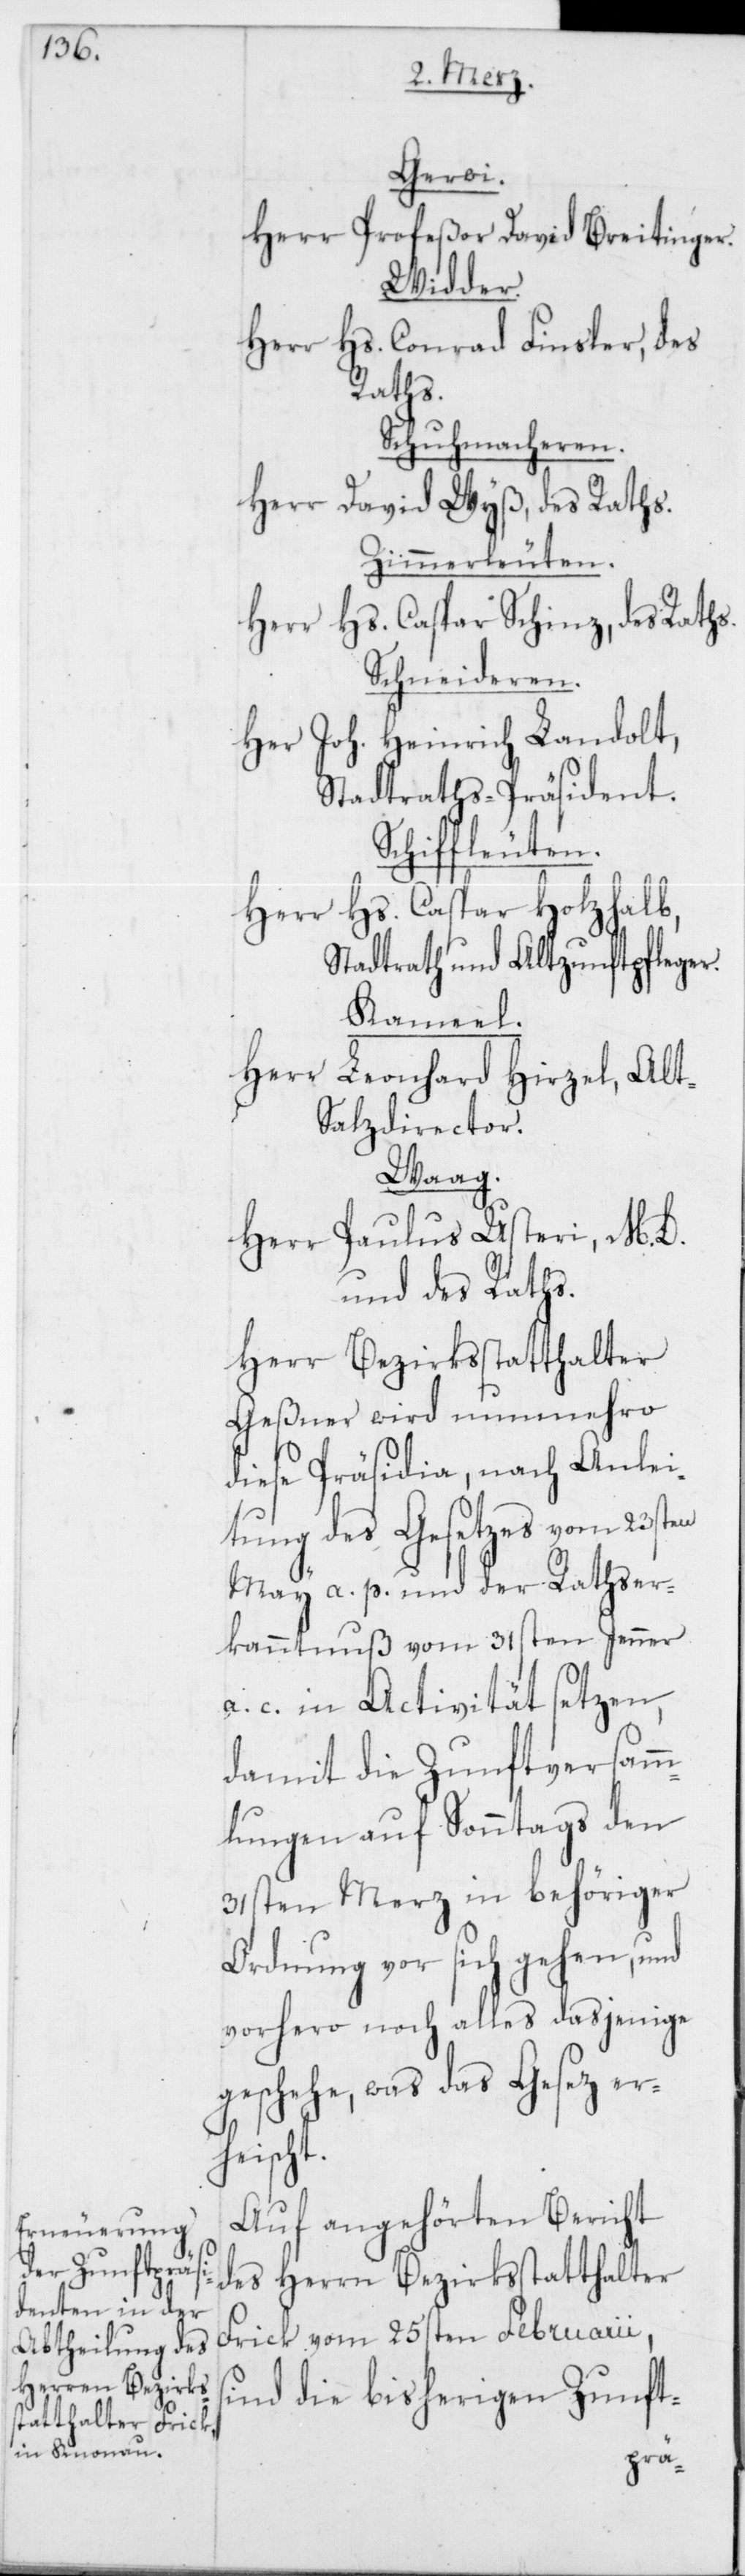
Gerwi.
Herr Profeßor David Breitinger.
Widder.
Herr Hs. Conrad Finsler, des
Raths.
Schuhmacheren.
Herr David Wyß, des Raths.
Zimmerleuten.
Herr Hs. Caspar Schinz, des Raths.
Schneideren.
Herr Joh. Heinrich Landolt,
Stadtraths-Präsident.
Schiffleuten.
Herr Hs. Caspar Holzhalb,
Stadtrath und Altzunftpfleger.
Kamel.
Herr Leonhard Hirzel, Alt-S¬
alzdirector.
Waag.
Herr Paulus Usteri, M. D.
und des Raths.
Herr Bezirksstatthalter
Geßner wird nunmehro
diese Präsidia, nach Anlei¬
tung des Gesetzes vom 23sten
May a. p. und der Rathser¬
kanntnuß vom 31sten Jenner
c. in Activität setzen,
damit die Zunftversamm¬
lungen auf Sonntags den
31sten Merz in behöriger
Ordnung vor sich gehen, und
vorhero noch alles dasjenige
geschehe, was das Gesez er¬
heischt.
Auf angehörten Bericht
des Herrn Bezirksstatthalter
Frick vom 25sten Februarii,
sind die bisherigen Zunft-